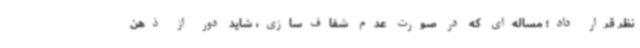
نظر قرار داد؛ مساله‌ای که در صورت عدم شفاف‌سازی، شاید دور از ذهن